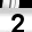
Digit: 2